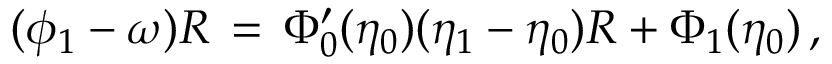
( \phi _ { 1 } - \omega ) R \, = \, \Phi _ { 0 } ^ { \prime } ( \eta _ { 0 } ) ( \eta _ { 1 } - \eta _ { 0 } ) R + \Phi _ { 1 } ( \eta _ { 0 } ) \, ,